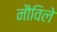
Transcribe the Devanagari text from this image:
नौविले